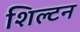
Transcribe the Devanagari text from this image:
शिल्टन